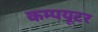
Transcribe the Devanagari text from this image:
कम्‍पयूटर